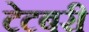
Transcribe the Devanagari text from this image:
टेटबरी